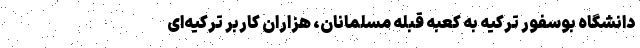
دانشگاه بوسفور ترکیه به کعبه قبله مسلمانان، هزاران کاربر ترکیه‌ای